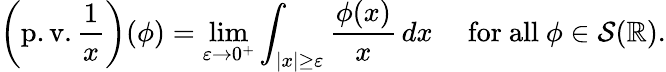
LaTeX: \left(\operatorname{p.v.}{\frac{1}{x}}\right)(\phi)=\operatorname*{lim}_{\varepsilon\to 0^{+}}\int_{|x|\geq\varepsilon}{\frac{\phi(x)}{x}}\, dx\quad{\mathrm{~for~all~}}\phi\in{\mathcal{S}}(\mathbb{R}).